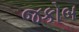
જકોબ